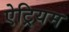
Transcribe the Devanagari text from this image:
ऐट्रियम